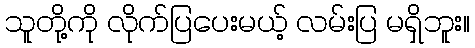
သူတို့ကို လိုက်ပြပေးမယ့် လမ်းပြ မရှိဘူး။